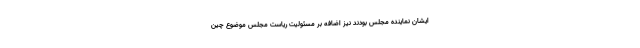
ایشان نماینده مجلس بودند نیز اضافه بر مسئولیت ریاست مجلس موضوع چین